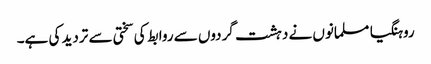
روہنگیا مسلمانوں نے دہشت گردوں سے روابط کی سختی سے تردید کی ہے۔